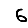
Digit: 6